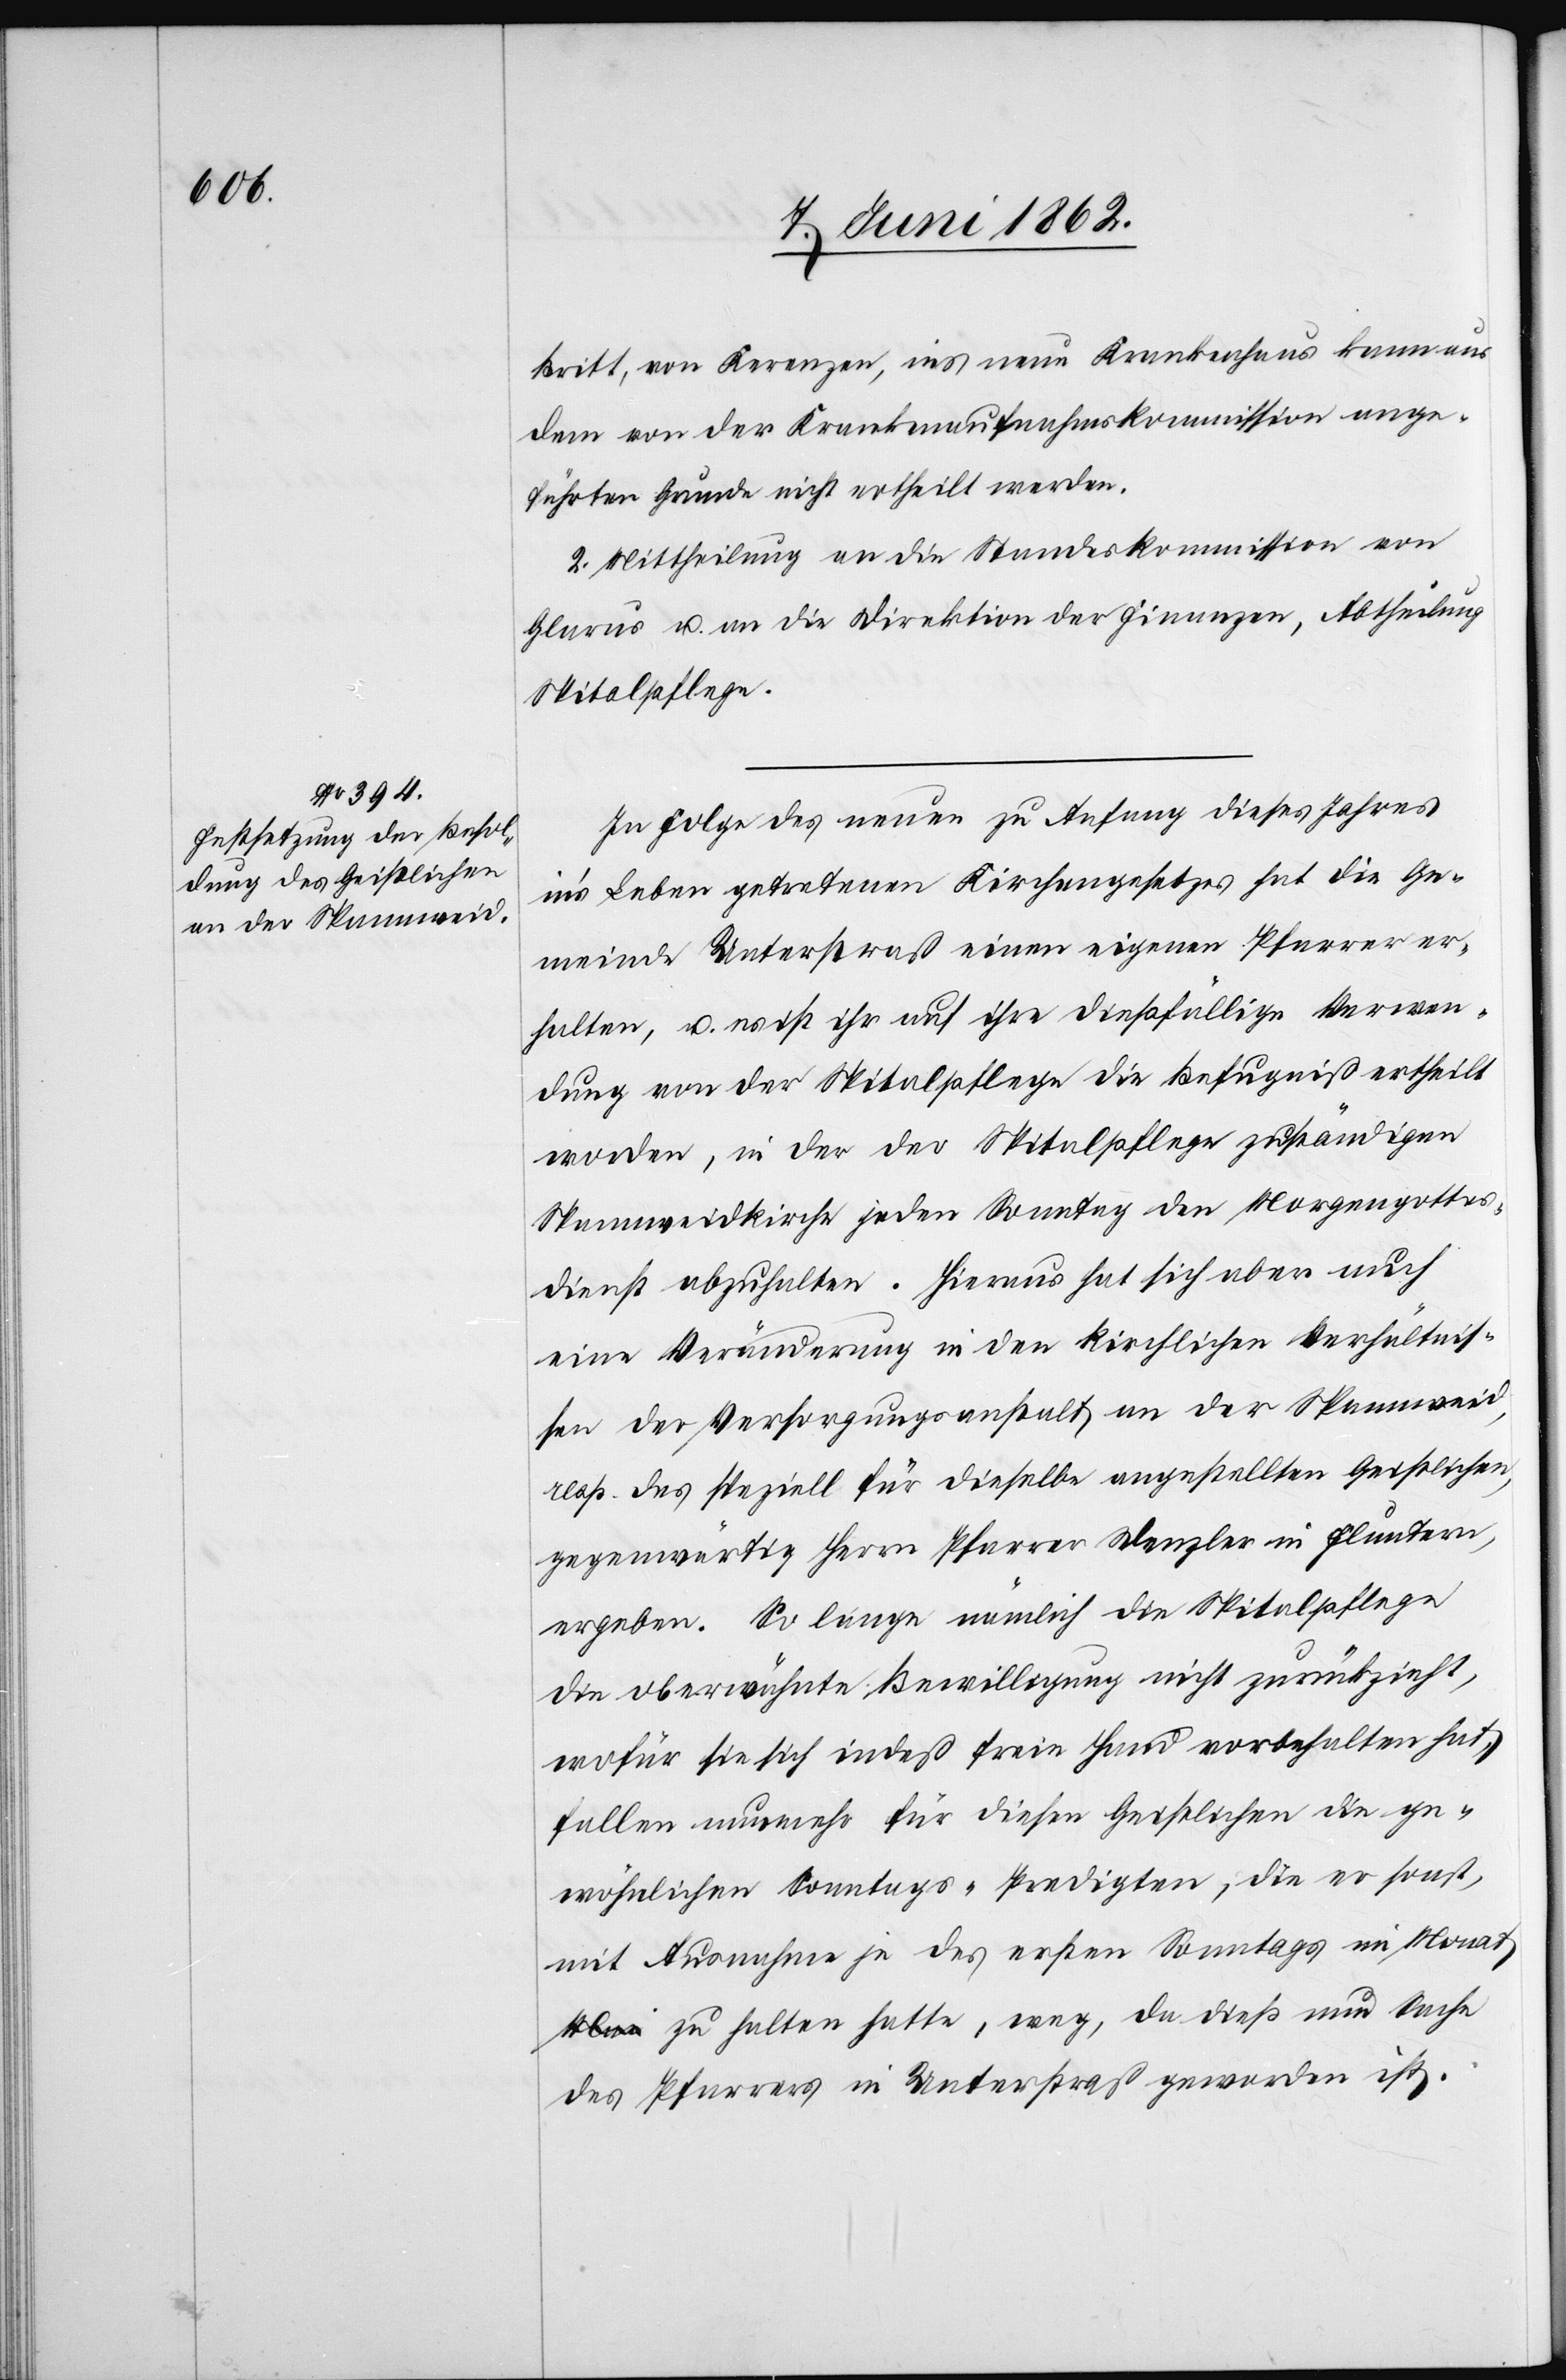
Britt, von Kerenzen, ins neue Krankenhaus kann aus
dem von der Krankenaufnahmskommission ange¬
führten Grund nicht ertheilt werden.
2. Mittheilung an die Standeskommission von
Glarus u. an die Direktion der Finanzen, Abtheilung
Spitalpflege.
In Folge des neuen zu Anfang dieses Jahres
in’s Leben getretenen Kirchengesetzes hat die Ge¬
meinde Unterstraß einen eigenen Pfarrer er¬
halten, u. es ist ihr auf ihre dießfällige Verwen¬
dung von der Spitalpflege die Befugniß ertheilt
worden, in der der Spitalpflege zuständigen
Spannweidkirche jeden Sonntag den Morgengottes¬
dienst abzuhalten. Hieraus hat sich aber auch
eine Veränderung in den kirchlichen Verhältnis¬
sen der Versorgungsanstalt an der Spannweid,
resp. das speziell für dieselbe angestellten Geistlichen,
gegenwärtig Herrn Pfarrer Denzler in Fluntern,
ergeben. So lange nämlich die Spitalpflege
die oberwähnte Bewilligung nicht zurückzieht,
wofür sie sich indeß freie Hand vorbehalten hat,
fallen nunmehr für diesen Geistlichen die ge¬
wöhnlichen Sonntags-Predigten, die er sonst,
mit Ausnahme je des ersten Sonntags im Monat
Mai zu halten hatte, weg, da dieß nun Sache
des Pfarrers in Unterstraß geworden ist.